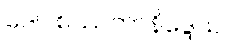
ဒေါဝစဿတာနိဒ္ဒေသ။